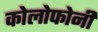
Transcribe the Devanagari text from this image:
कोलोफोनी